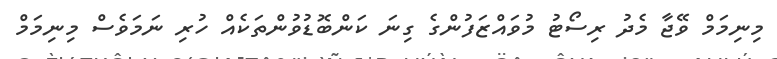
މިނިމަމް ވޭޖާ މެދު ރިސޯޓު މުވައްޒަފުންގެ ގިނަ ކަންބޮޑުވުންތަކެއް ހުރި ނަމަވެސް މިނިމަމް